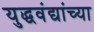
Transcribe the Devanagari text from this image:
युद्धवंद्यांच्या